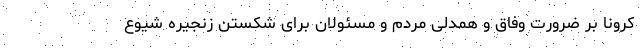
کرونا بر ضرورت وفاق و همدلی مردم و مسئولان برای شکستن زنجیره شیوع